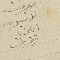
ودمت لاخيك امين فرحات